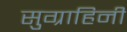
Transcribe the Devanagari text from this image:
सुग्राहिनी